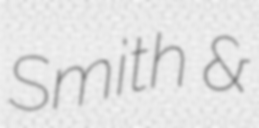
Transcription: Smith &